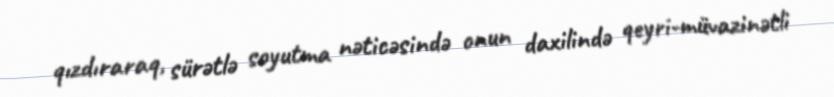
qızdıraraq, sürətlə soyutma nəticəsində onun daxilində qeyri-müvazinətli